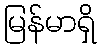
မြန်မာရှိ